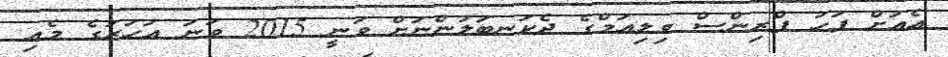
އެއަށް ފަހު ޕްރިންސް ވިލިއަމްގެ ދެކަނބަލުންނަށް ވަނީ 2015 ވަނަ އަހަރުގެ މެއި